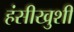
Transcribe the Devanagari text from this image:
हंसीखुशी